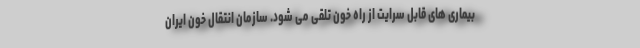
بیماری های قابل سرایت از راه خون تلقی می شود. سازمان انتقال خون ایران